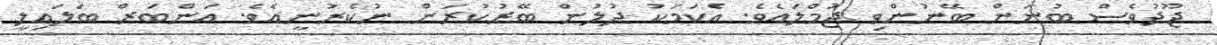
ޖޫދުވެސް ބުނަން ބޭނުންވި ޖުމްލައެވެ. އެކަމަކު ދުލުން ބޭރުކުރަން ނުކެރުނީއެވެ. އަންބަރް ބަލައިލީ